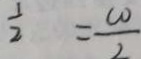
\frac { 1 } { 2 } = \frac { C O } { 2 }